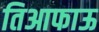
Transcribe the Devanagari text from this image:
तिआफाऊ